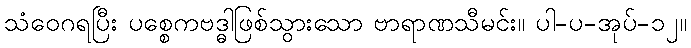
သံဝေဂရပြီး ပစ္စေကဗဒ္ဓါဖြစ်သွားသော ဗာရာဏသီမင်း။ ပါ-ပ-အုပ်-၁၂။